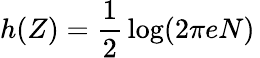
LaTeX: h(Z)={\frac{1}{2}}\log(2\pi eN)\,